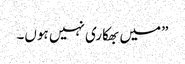
”میں بھکاری نہیں ہوں۔